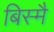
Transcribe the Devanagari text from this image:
बिस्मै